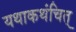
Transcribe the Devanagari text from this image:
यथाकथंचित्‌